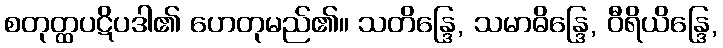
စတုတ္ထပဋိပဒါ၏ ဟေတုမည်၏။ သတိန္ဒြေ, သမာဓိန္ဒြေ, ဝီရိယိန္ဒြေ,